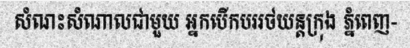
សំណះសំណាលជាមួយ អ្នកបើកបររថយន្តក្រុង ភ្នំពេញ-